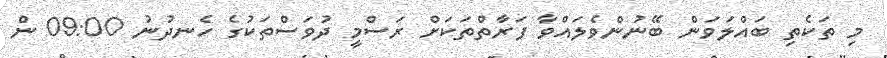
މި ތަކެތި ބައްލަވަން ބޭނުންވެލައްވާ ފަރާތްތަކަށް ރަސްމީ ދުވަސްތަކުގެ ހެނދުނު 09:00 ން